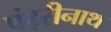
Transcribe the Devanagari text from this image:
पंढ़रीनाथ